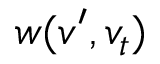
w ( v ^ { \prime } , v _ { t } )